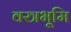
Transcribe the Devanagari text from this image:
वस्त्रभूमि